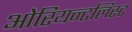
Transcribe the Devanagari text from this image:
ओरियन्टलिस्ट